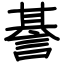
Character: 諅